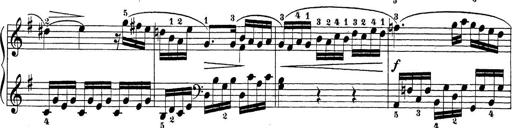
Title: Sonatina Album
Composer: Louis KÃ¶hler